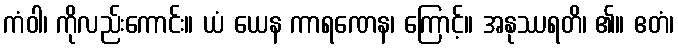
ကံဝါ၊ ကိုလည်းကောင်း။ ယံ ယေန ကာရဏေန၊ ကြောင့်။ အနုဿရတိ၊ ၏။ ဧတံ၊